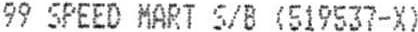
99 SPEED MART S/B (519537-X)